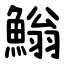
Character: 䱵